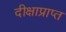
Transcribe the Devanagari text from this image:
दीक्षाप्राप्त